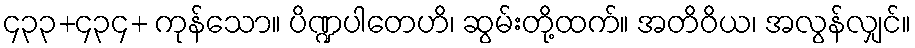
၄၃၃+၄၃၄+ ကုန်သော။ ပိဏ္ဍပါတေဟိ၊ ဆွမ်းတို့ထက်။ အတိဝိယ၊ အလွန်လျှင်။